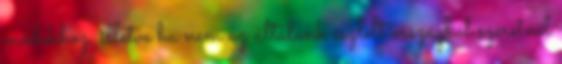
módokhoz, illetve ha nem az általunk észlelt országból szeretnél